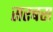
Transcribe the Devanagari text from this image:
सरबस